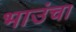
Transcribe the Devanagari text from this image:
भाउंचा